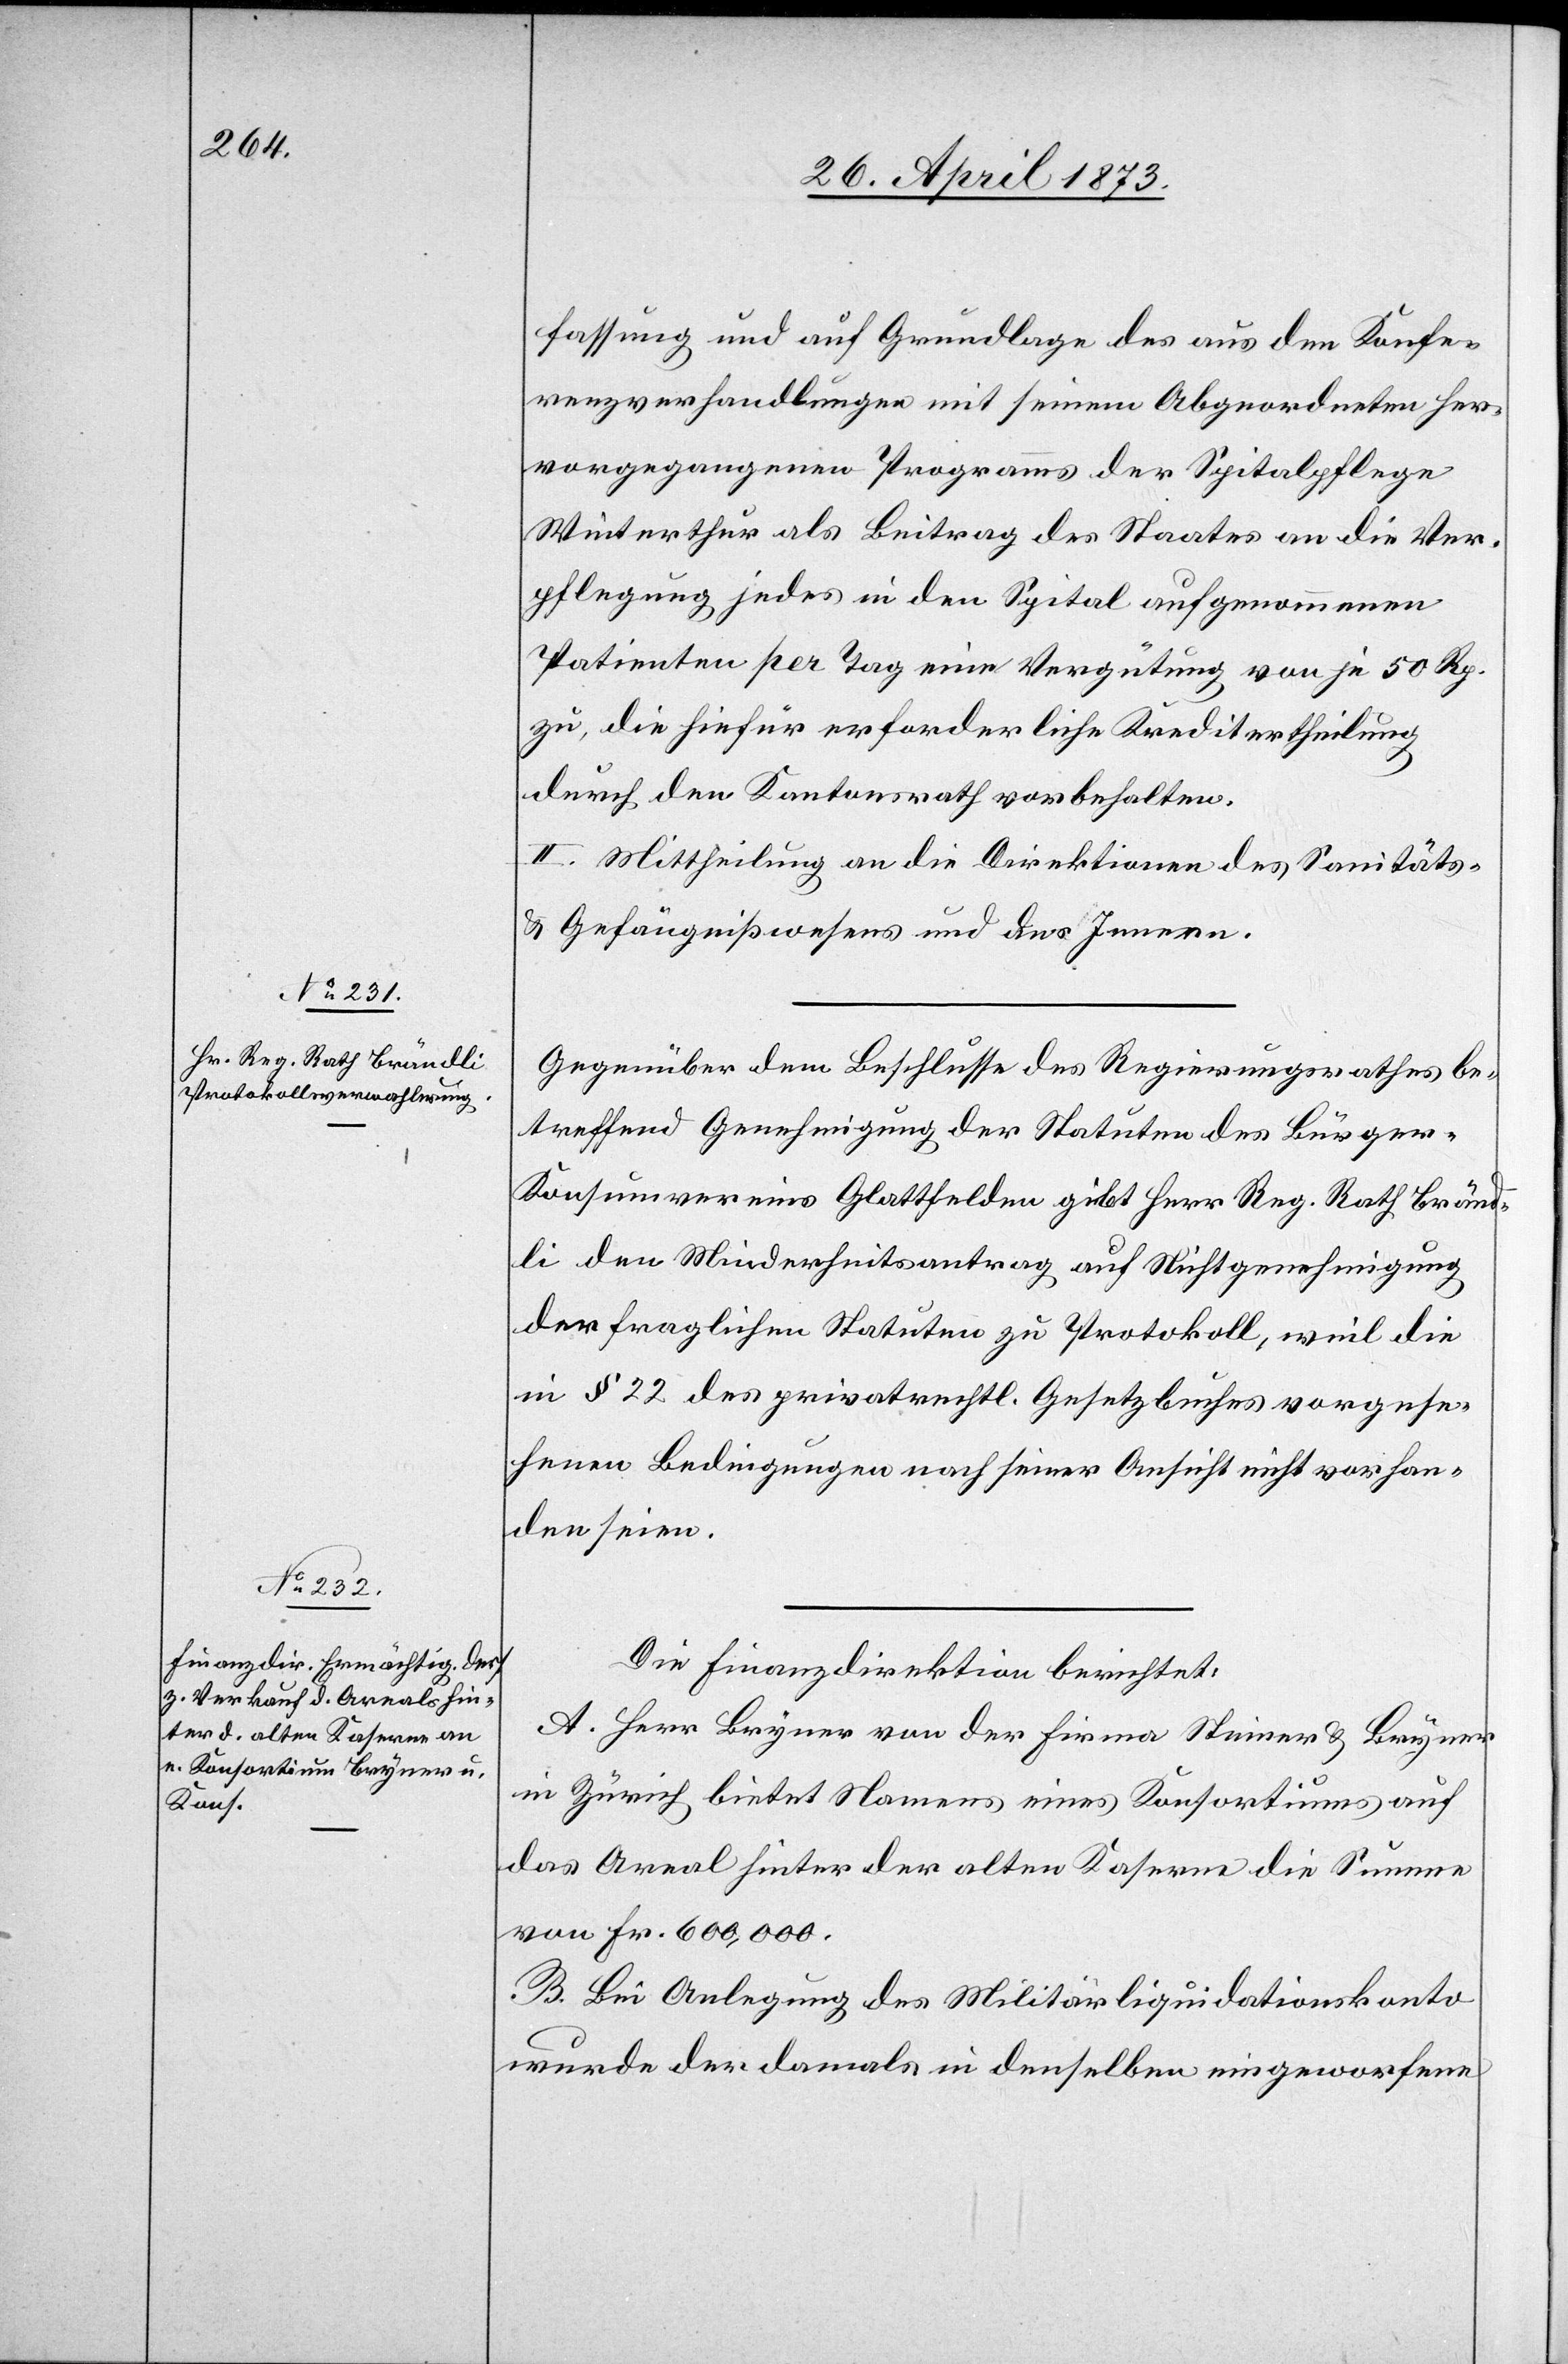
fassung und auf Grundlage des aus den Konfe¬
renzverhandlungen mit seinen Abgeordneten her¬
vorgegangenen Programms der Spitalpflege
Winterthur als Beitrag des Staates an die Ver¬
pflegung jedes in den Spital aufgenommenen
Patienten per Tag eine Vergütung von je 50 Rp.
zu, die hiefür erforderliche Kreditertheilung
durch den Kantonsrath vorbehalten.
II. Mittheilung an die Direktionen des Sanitäts-
und Gefängnißwesens und des Innern.
Gegenüber dem Beschlusse des Regierungsrathes be¬
treffend Genehmigung der Statuten des Bürge¬
r-Konsumvereins Glattfelden gibt Herr Reg. Rath Bränd¬
li den Minderheitsantrag auf Nichtgenehmigung
der fraglichen Statuten zu Protokoll, weil die
in § 22 des privatrechtl. Gesetzbuches vorgese¬
henen Bedingungen nach seiner Ansicht nicht vorhan¬
den seien.
Die Finanzdirektion berichtet:
A. Herr Bryner von der Firma Steiner & Bryner
in Zürich bietet Namens eines Konsortiums auf
das Areal hinter der alten Kaserne die Summe
von Fr. 600,000.
B. Bei Anlegung des Militärliquidationskonto
wurde der damals in denselben eingeworfene